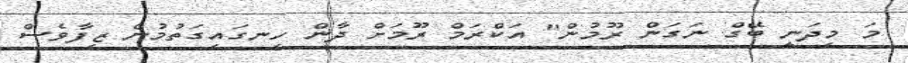
މަ މިދަނީ ބޭގް ނަގަން ރޫމުން" އަކްރަމް ރޫމަށް ދާން ހިނގައިގަތުމުން ޒިފާވެސް